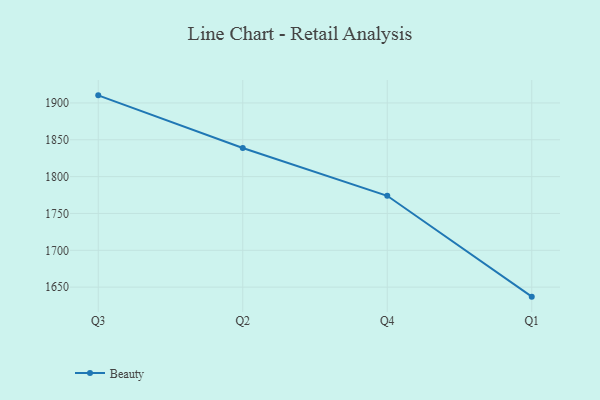
{"axis": {"x": "Quarter", "y": "Headcount"}, "legend": ["Beauty"], "data": [{"x": "Q3", "y": 1910.3, "type": "Beauty"}, {"x": "Q2", "y": 1838.8, "type": "Beauty"}, {"x": "Q4", "y": 1774.0, "type": "Beauty"}, {"x": "Q1", "y": 1637.1, "type": "Beauty"}]}